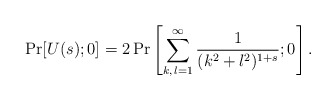
\begin{align*}{\rm Pr} [U(s);0] = 2\, {\rm Pr} \left[ \sum^{\infty}_{k,\,l=1} \frac{1}{(k^2+l^2)^{1+s}} ; 0 \right].\end{align*}